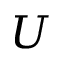
\boldsymbol { U }